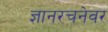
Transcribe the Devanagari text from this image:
ज्ञानरचनेवर